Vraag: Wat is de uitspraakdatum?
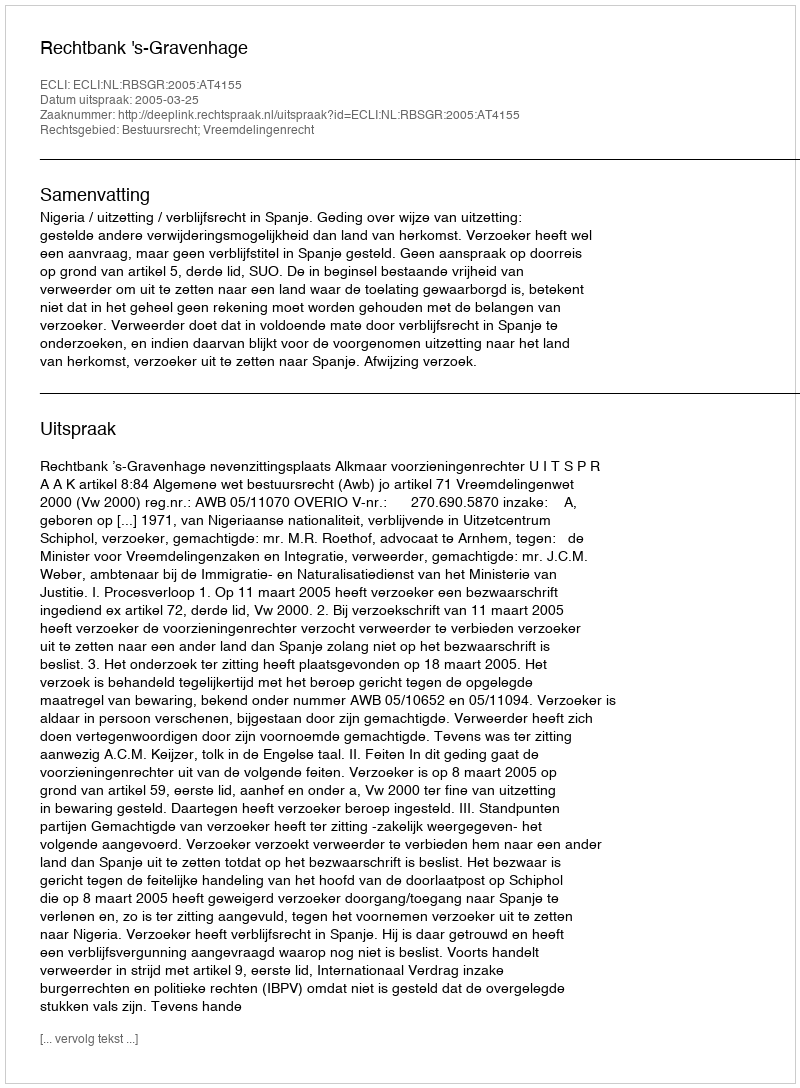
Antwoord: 2005-03-25